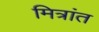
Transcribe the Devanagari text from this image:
मित्रांत